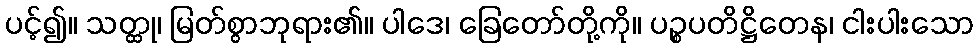
ပင့်၍။ သတ္ထု၊ မြတ်စွာဘုရား၏။ ပါဒေ၊ ခြေတော်တို့ကို။ ပဉ္စပတိဋ္ဌိတေန၊ ငါးပါးသော